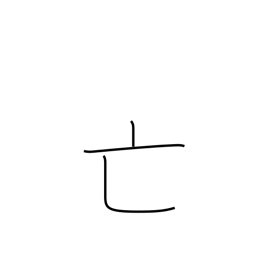
Meaning: dying